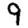
Digit: 9